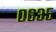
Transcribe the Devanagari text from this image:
०६३५